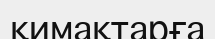
қимақтарға